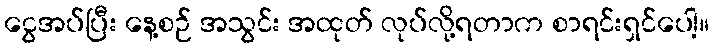
ငွေအပ်ပြီး နေ့စဉ် အသွင်း အထုတ် လုပ်လို့ရတာက စာရင်းရှင်ပေါ့။